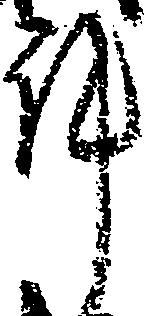
許